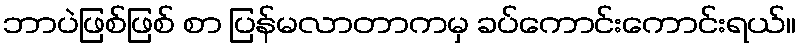
ဘာပဲဖြစ်ဖြစ် စာ ပြန်မလာတာကမှ ခပ်ကောင်းကောင်းရယ်။